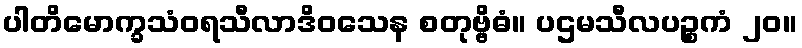
ပါတိမောက္ခသံဝရသီလာဒိဝသေန စတုဗ္ဗိဓံ။ ပဌမသီလပဉ္စကံ ၂၀။